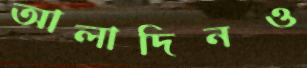
আলাদিনও